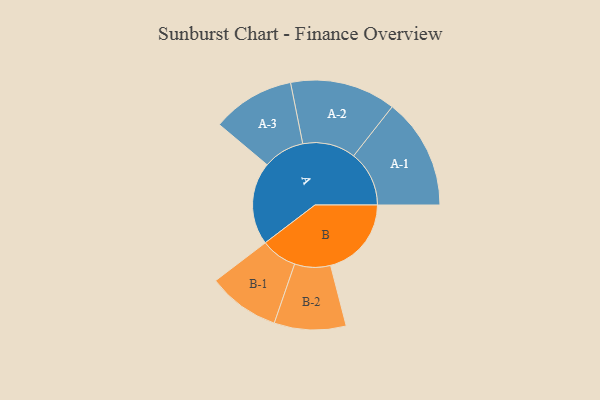
{"axis": {"x": "Segment", "y": "Value"}, "legend": ["", "A", "B"], "data": [{"x": "A", "y": 392, "type": ""}, {"x": "B", "y": 383, "type": ""}, {"x": "A-1", "y": 263, "type": "A"}, {"x": "A-2", "y": 251, "type": "A"}, {"x": "A-3", "y": 196, "type": "A"}, {"x": "B-1", "y": 171, "type": "B"}, {"x": "B-2", "y": 170, "type": "B"}]}